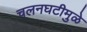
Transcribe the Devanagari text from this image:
चलनघटीमुळे